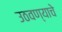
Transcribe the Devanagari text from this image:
उठवण्याचे